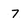
Character: 7